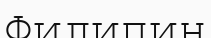
Филипин